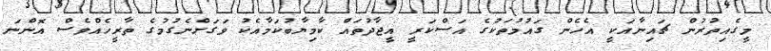
މީގެއިތުރުން ޗައިނާއަކީ އެހެން ގައުމުތަކުގެ އަސްކަރީ އީޖާދުތައް ކާމިޔާބުކަމާއެކު ވަގަށްނެގުމުގެ ތާރީހެއްވެސް އޮންނަ